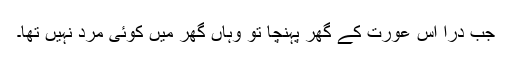
جب دراؔ اس عورت کے گھر پہنچا تو وہاں گھر میں کوئی مرد نہیں تھا۔